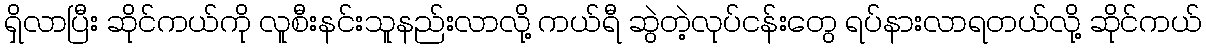
ရှိလာပြီး ဆိုင်ကယ်ကို လူစီးနင်းသူနည်းလာလို့ ကယ်ရီ ဆွဲတဲ့လုပ်ငန်းတွေ ရပ်နားလာရတယ်လို့ ဆိုင်ကယ်